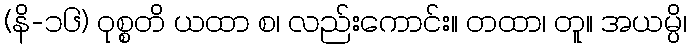
(နိ-၁၆) ဝုစ္စတိ ယထာ စ၊ လည်းကောင်း။ တထာ၊ တူ။ အယမ္ပိ၊